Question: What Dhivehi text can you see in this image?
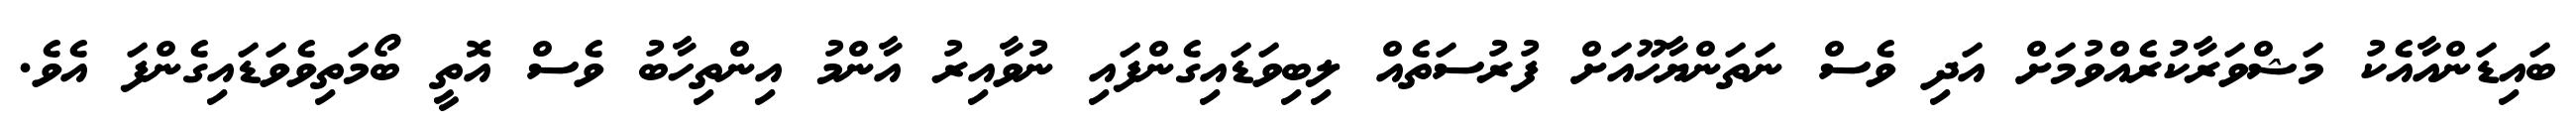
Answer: ބައިޑަންއާއެކު މަޝްވަރާކުރެއްވުމަށް އަދި ވެސް ނަތަންޔާހޫއަށް ފުރުސަތެއް ލިބިވަޑައިގެންފައި ނުވާއިރު އާންމު އިންތިހާބު ވެސް އޮތީ ބޯމަތިވެވަޑައިގެންފަ އެވެ.